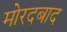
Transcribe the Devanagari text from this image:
मोरदबाद